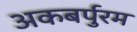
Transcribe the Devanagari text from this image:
अकबर्पुरम